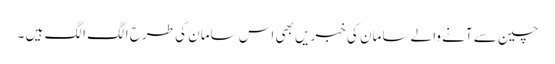
چین سے آنے والے سامان کی خبریں بھی اس سامان کی طرح الگ الگ ہیں ۔